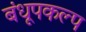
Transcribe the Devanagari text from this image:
बंधूपकल्प